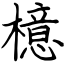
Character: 檍